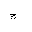
Letter: _ha